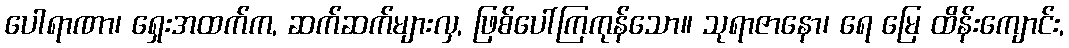
ပေါရာဏာ၊ ရှေးအထက်က, ဆက်ဆက်များလှ, ဖြစ်ပေါ်ကြကုန်သော။ သုရာဇာနော၊ ရေ မြေ ထိန်းကျောင်း,